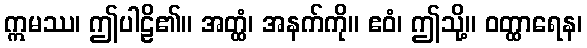
ဣမဿ၊ ဤပါဠိ၏။ အတ္ထံ၊ အနက်ကို။ ဧဝံ၊ ဤသို့။ ဝတ္ထာရေန၊